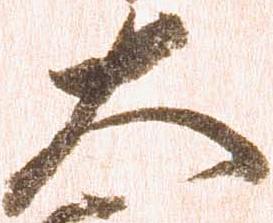
大